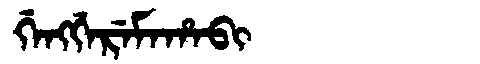
Manchu: ᡤᡝᠩᡤᡝᡵᡝᠮᠠᡥᠠᠪᡳ
Romanization: GENGGEREMAHABI